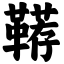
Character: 鞯